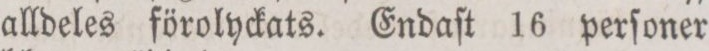
alldeles förolyckats. Endaſt 16 perſoner